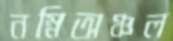
নম্নিঅঞ্চল